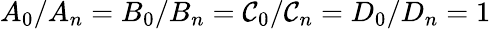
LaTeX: A_{0}/A_{n}=B_{0}/B_{n}=\mathcal{C}_{0}/\mathcal{C}_{n}=D_{0}/D_{n}=1